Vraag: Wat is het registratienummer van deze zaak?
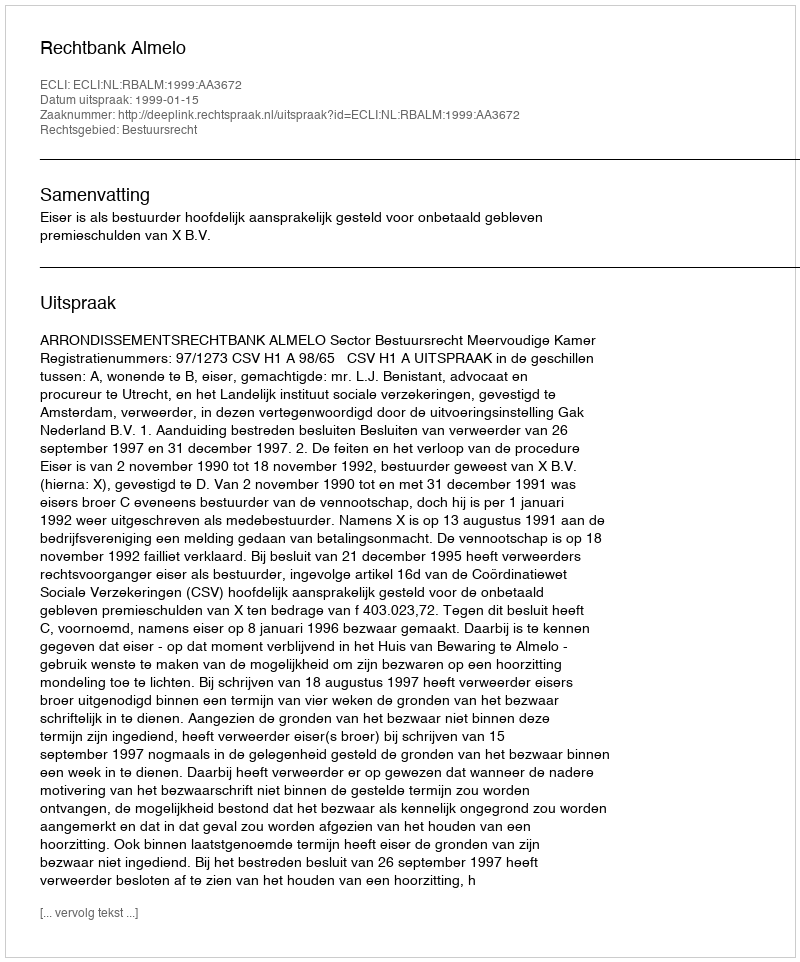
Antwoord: http://deeplink.rechtspraak.nl/uitspraak?id=ECLI:NL:RBALM:1999:AA3672